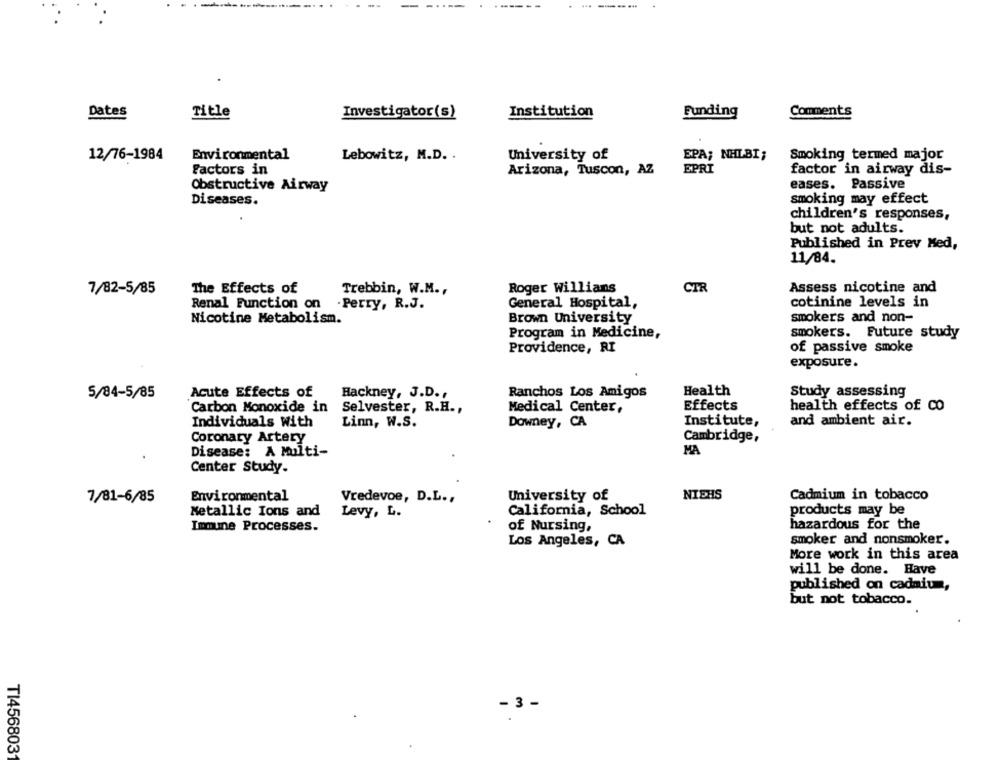
Dates
Title
Investigator(s)
Institution
Funding
Comments
12/76-1984
Environmental
Lebowitz, M.D. .
University of
EPA; NHLBI;
Smoking termed major
Factors in
Arizona, Tuscon, AZ
EPRI
factor in airway dis-
Obstructive Airway
eases. Passive
Diseases.
smoking may effect
children's responses,
but not adults.
Published in Prev Med,
11/84.
The Effects of
Roger Willians
CTR
Assess nicotine and
7/82-5/85
Trebbin, W.M .,
Renal Function on
General Hospital,
cotinine levels in
. Perry, R.J.
Nicotine Metabolism.
Brown University
smokers and non-
Program in Medicine,
smokers. Future study
Providence, RI
of passive smoke
exposure.
5/84-5/85
Acute Effects of
Hackney, J.D .,
Ranchos Los Amigos
Health
Study assessing
Carbon Monoxide in
Selvester, R.H .,
Medical Center,
Effects
health effects of CO
Individuals With
Linn, W.S.
Downey, CA
Institute,
and ambient air.
Coronary Artery
Cambridge,
Disease: A Multi-
MA
Center Study.
NIEHS
7/81-6/85
Environmental
Vredevoe, D.L .,
University of
Cadmium in tobacco
Metallic Ions and
Levy, L.
California, School
products may be
Immune Processes.
of Nursing,
hazardous for the
smoker and nonsmoker.
Los Angeles, CA
More work in this area
will be done. Have
published on cadmium,
but not tobacco.
- 3 -
TI456803